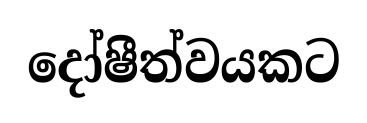
දෝෂීත්වයකට